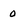
Character: 0